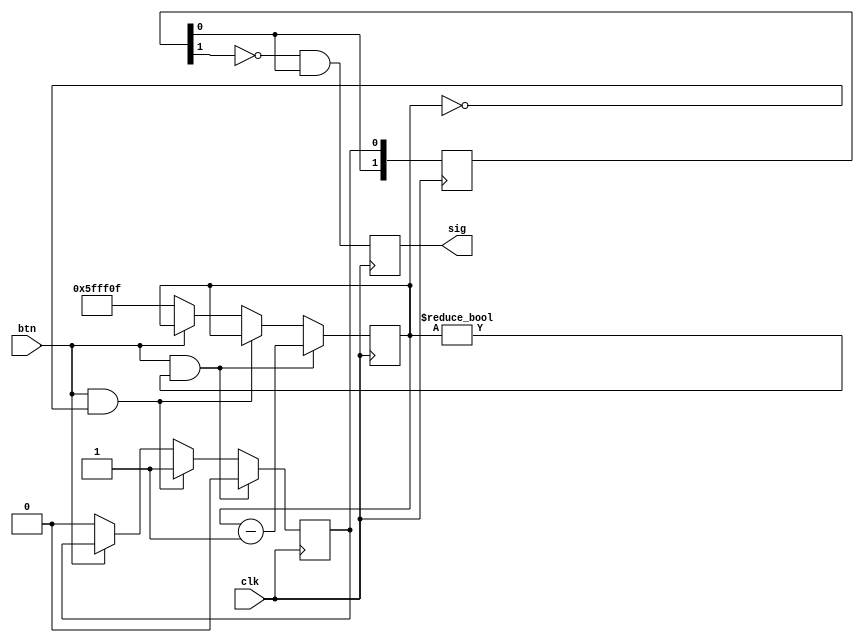
module d_bounce_edge (sig,btn,clk);
	input btn, clk;
	output reg sig;
	reg [22:0] holdin = 23'h5FFF0F;
	reg [1:0] q;
	reg out;
	
	always @(posedge clk) begin
	
		if(btn == 1'd1 && holdin != 23'd0) begin
			holdin <= holdin - 1'b1;
			out <= 1'b0;
		end else if (btn == 1'd1 && holdin == 23'd0) begin 
			out <= 1'b1;
			holdin <= holdin;
		end else if (btn == 1'd0)begin
			out <= 1'b0;
			holdin <= 23'h5FFF0F;
		end
		
		q[0] <= out;
		q[1] <= q[0];
		sig <= ~q[1] & q[0];
	end
	
/*	dff check1 (.q(q[0]),.d(out),.clk(clk));
	dff check2 (.q(q[1]),.d(q[0]),.clk(clk));
	
	assign sig = ~q[1]&q[0];*/
	
endmodule

/*module dff (q,d,clk);
	input d, clk;
	output reg q;
	
	always @(posedge clk) begin
		q <= d;
	end
endmodule*/